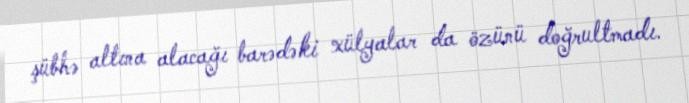
şübhə altına alacağı barədəki xülyalar da özünü doğrultmadı.